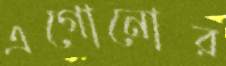
এগোনোর